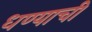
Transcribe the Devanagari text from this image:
धण्याची